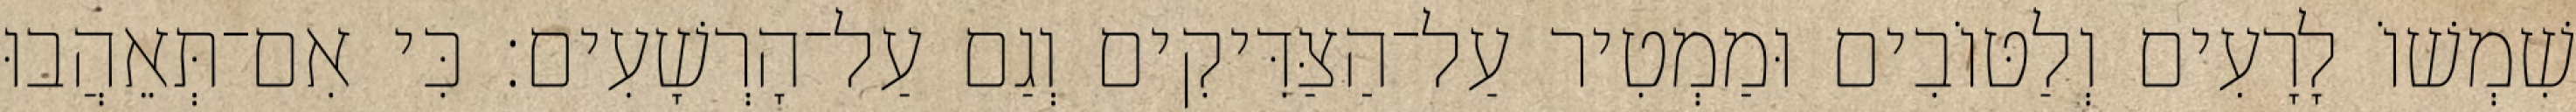
שִׁמְשׁוֹ לָרָעִים וְלַטּוֹבִים וּמַמְטִיר עַל־הַצַּדִּיקִים וְגַם עַל־הָרְשָׁעִים׃ כִּי אִם־תְּאֵהֲבוּ